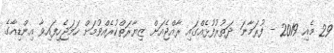
29 މެއި 2019 - ފުރަމާނަ ދަތުރުފުޅެއްގައި ރާއްޖެއަށް ޒިޔާރަތްކުރެއްވުމަށް ހަމަޖެހިފައިވާ އިންޑިއާގެ